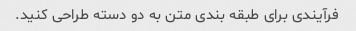
فرآیندی برای طبقه بندی متن به دو دسته طراحی کنید.